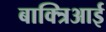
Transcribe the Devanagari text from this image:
बाक्त्रिआई